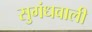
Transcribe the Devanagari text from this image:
सुगंधवाली